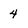
Character: 4